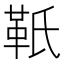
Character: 𩉬